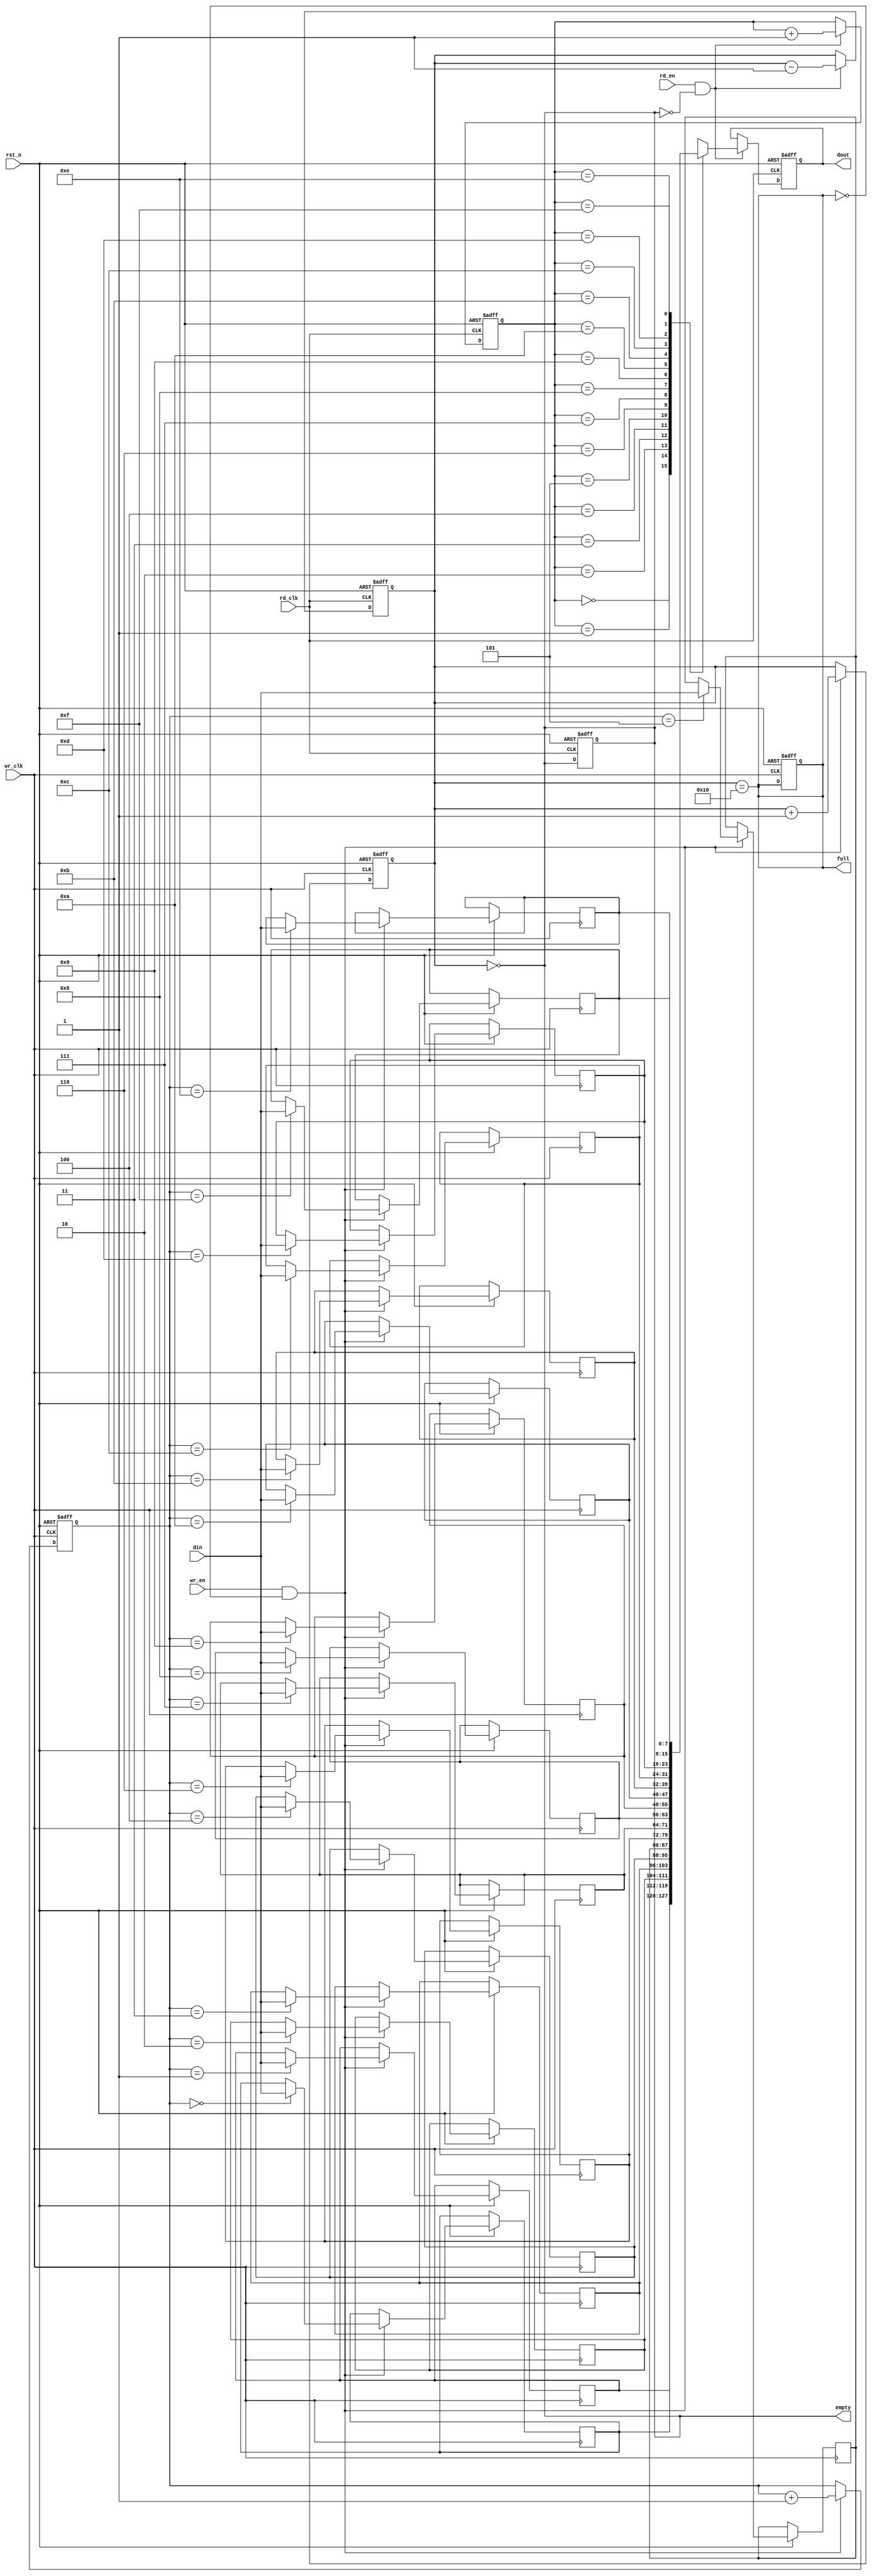
module async_fifo #(
    parameter DATA_WIDTH = 8,    // Width of data
    parameter FIFO_DEPTH = 16     // Depth of FIFO (must be a power of 2)
)(
    input wire wr_clk,             // Write clock
    input wire rd_clk,             // Read clock
    input wire rst_n,              // Asynchronous reset (active low)
    input wire wr_en,              // Write enable
    input wire rd_en,              // Read enable
    input wire [DATA_WIDTH-1:0] din, // Data input
    output reg [DATA_WIDTH-1:0] dout, // Data output
    output reg full,               // FIFO full flag
    output reg empty               // FIFO empty flag
);

    // Internal parameters
    localparam ADDR_WIDTH = $clog2(FIFO_DEPTH); // Address width for FIFO depth

    // Memory array for FIFO
    reg [DATA_WIDTH-1:0] fifo_mem [0:FIFO_DEPTH-1];

    // Write and read pointers
    reg [ADDR_WIDTH-1:0] wr_ptr;
    reg [ADDR_WIDTH-1:0] rd_ptr;

    // FIFO count to manage full and empty states
    reg [ADDR_WIDTH:0] fifo_count;

    // Asynchronous reset
    always @(posedge wr_clk or negedge rst_n) begin
        if (!rst_n) begin
            wr_ptr <= 0;
            fifo_count <= 0;
            full <= 0;
        end else if (wr_en && !full) begin
            fifo_mem[wr_ptr] <= din; // Write data to FIFO
            wr_ptr <= wr_ptr + 1;
            fifo_count <= fifo_count + 1;
        end
    end

    always @(posedge rd_clk or negedge rst_n) begin
        if (!rst_n) begin
            rd_ptr <= 0;
            dout <= 0;
            fifo_count <= 0;
            empty <= 1;
        end else if (rd_en && !empty) begin
            dout <= fifo_mem[rd_ptr]; // Read data from FIFO
            rd_ptr <= rd_ptr + 1;
            fifo_count <= fifo_count - 1;
        end
    end

    // Update full and empty flags
    always @(*) begin
        full = (fifo_count == FIFO_DEPTH);
        empty = (fifo_count == 0);
    end

endmodule